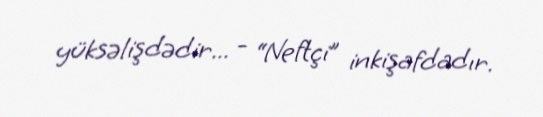
yüksəlişdədir... - “Neftçi” inkişafdadır.